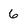
Character: 6